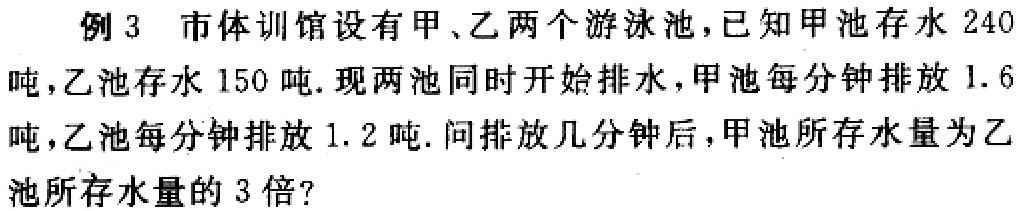
例3 市体训馆设有甲、乙两个游泳池，已知甲池存水 240吨，乙池存水 150 吨. 现两池同时开始排水，甲池每分钟排放 1.6吨，乙池每分钟排放 1.2 吨. 问排放几分钟后，甲池所存水量为乙池所存水量的 3 倍?